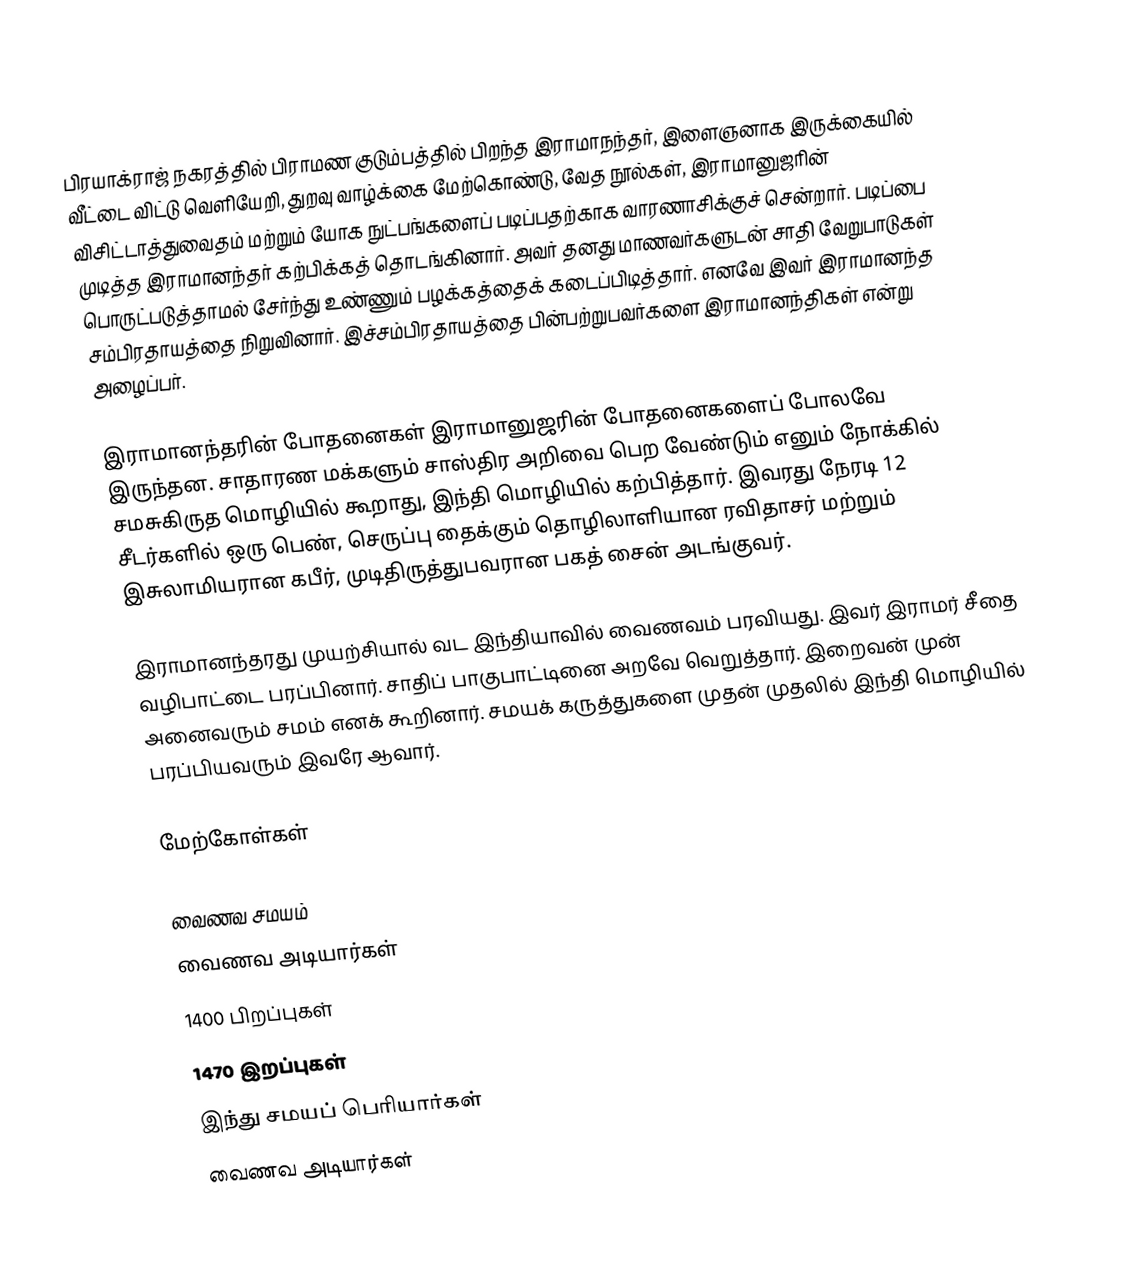
பிரயாக்ராஜ் நகரத்தில் பிராமண குடும்பத்தில் பிறந்த இராமாநந்தர்,  இளைஞனாக இருக்கையில் வீட்டை விட்டு வெளியேறி, துறவு வாழ்க்கை மேற்கொண்டு, வேத நூல்கள், இராமானுஜரின் விசிட்டாத்துவைதம்  மற்றும் யோக நுட்பங்களைப் படிப்பதற்காக வாரணாசிக்குச் சென்றார். படிப்பை முடித்த இராமானந்தர் கற்பிக்கத் தொடங்கினார். அவர் தனது மாணவர்களுடன் சாதி வேறுபாடுகள் பொருட்படுத்தாமல் சேர்ந்து உண்ணும் பழக்கத்தைக் கடைப்பிடித்தார். எனவே இவர் இராமானந்த சம்பிரதாயத்தை நிறுவினார். இச்சம்பிரதாயத்தை பின்பற்றுபவர்களை இராமானந்திகள் என்று அழைப்பர்.

இராமானந்தரின் போதனைகள் இராமானுஜரின் போதனைகளைப் போலவே இருந்தன. சாதாரண மக்களும் சாஸ்திர அறிவை பெற வேண்டும் எனும் நோக்கில் சமசுகிருத மொழியில் கூறாது, இந்தி மொழியில் கற்பித்தார்.  இவரது நேரடி  12 சீடர்களில் ஒரு பெண், செருப்பு தைக்கும் தொழிலாளியான ரவிதாசர் மற்றும் இசுலாமியரான கபீர், முடிதிருத்துபவரான பகத் சைன் அடங்குவர்.

இராமானந்தரது முயற்சியால் வட இந்தியாவில் வைணவம் பரவியது. இவர் இராமர் சீதை வழிபாட்டை பரப்பினார். சாதிப் பாகுபாட்டினை அறவே வெறுத்தார். இறைவன் முன் அனைவரும் சமம் எனக் கூறினார். சமயக் கருத்துகளை முதன் முதலில் இந்தி மொழியில் பரப்பியவரும் இவரே ஆவார்.

மேற்கோள்கள்

வைணவ சமயம்
வைணவ அடியார்கள்
1400 பிறப்புகள்
1470 இறப்புகள்
இந்து சமயப் பெரியார்கள்
வைணவ அடியார்கள்